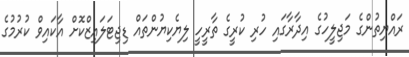
ރައްޔިތުންގެ މަޖިލީހުގެ އިދާރާގައި ހުރި ކުރީގެ ތާރީހީ ލިޔެކިޔުންތައް ޑިޖިޓަލައިޒްކޮށް އާކައިވް ކުރުމުގެ